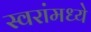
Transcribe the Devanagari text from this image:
स्वरांमध्ये